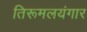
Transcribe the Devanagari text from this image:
तिरूमलयंगार